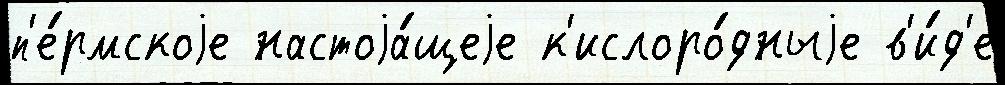
п'е́рмскоjе настоjа́щеjе к'ислоро́дныjе в'и́д'е